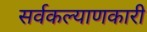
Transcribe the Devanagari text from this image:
सर्वकल्याणकारी